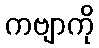
ကဗျာကို